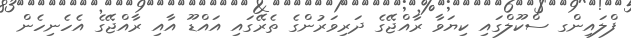
ފްލައިންގ ސްކޫލްގައި ކިޔަވާ ރާއްޖޭގެ ދަރިވަރުންގެ ތެރޭގައި އައްޑޫ އާއި ރާއްޖޭގެ އެެހެނިހެން